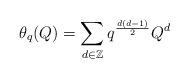
LaTeX: \begin{align*} \theta_q(Q) = \sum_{d \in \mathbb{Z}} q^\frac{d(d-1)}{2} Q^d \end{align*}